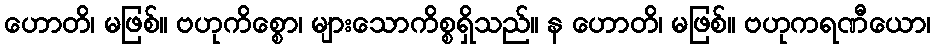
ဟောတိ၊ မဖြစ်။ ဗဟုကိစ္စော၊ များသောကိစ္စရှိသည်။ န ဟောတိ၊ မဖြစ်။ ဗဟုကရဏီယော၊